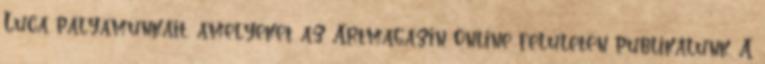
Luca pályamunkáit, amelyeket az Artmagazin Online felületén publikálunk. A